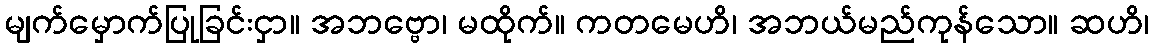
မျက်မှောက်ပြုခြင်းငှာ။ အဘဗ္ဗော၊ မထိုက်။ ကတမေဟိ၊ အဘယ်မည်ကုန်သော။ ဆဟိ၊